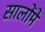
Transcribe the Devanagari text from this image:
सालोंमे